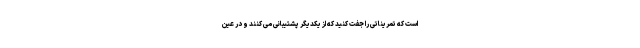
است که تمریناتی را جفت کنید که از یکدیگر پشتیبانی می کنند و در عین